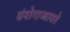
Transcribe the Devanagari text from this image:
संयोगाज्जायते